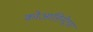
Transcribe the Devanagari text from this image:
कोआडिनेट्स